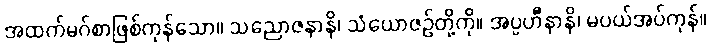
အထက်မဂ်စာဖြစ်ကုန်သော။ သညောဇနာနိ၊ သံယောဇဉ်တို့ကို။ အပ္ပဟီနာနိ၊ မပယ်အပ်ကုန်။